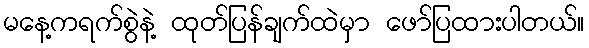
မနေ့ကရက်စွဲနဲ့ ထုတ်ပြန်ချက်ထဲမှာ ဖော်ပြထားပါတယ်။